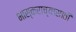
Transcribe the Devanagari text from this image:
भास्कराच्यासाठी